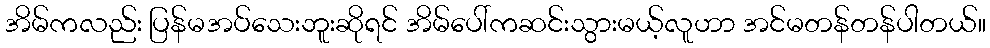
အိမ်ကလည်း ပြန်မအပ်သေးဘူးဆိုရင် အိမ်ပေါ်ကဆင်းသွားမယ့်လူဟာ အင်မတန်တန်ပါတယ်။